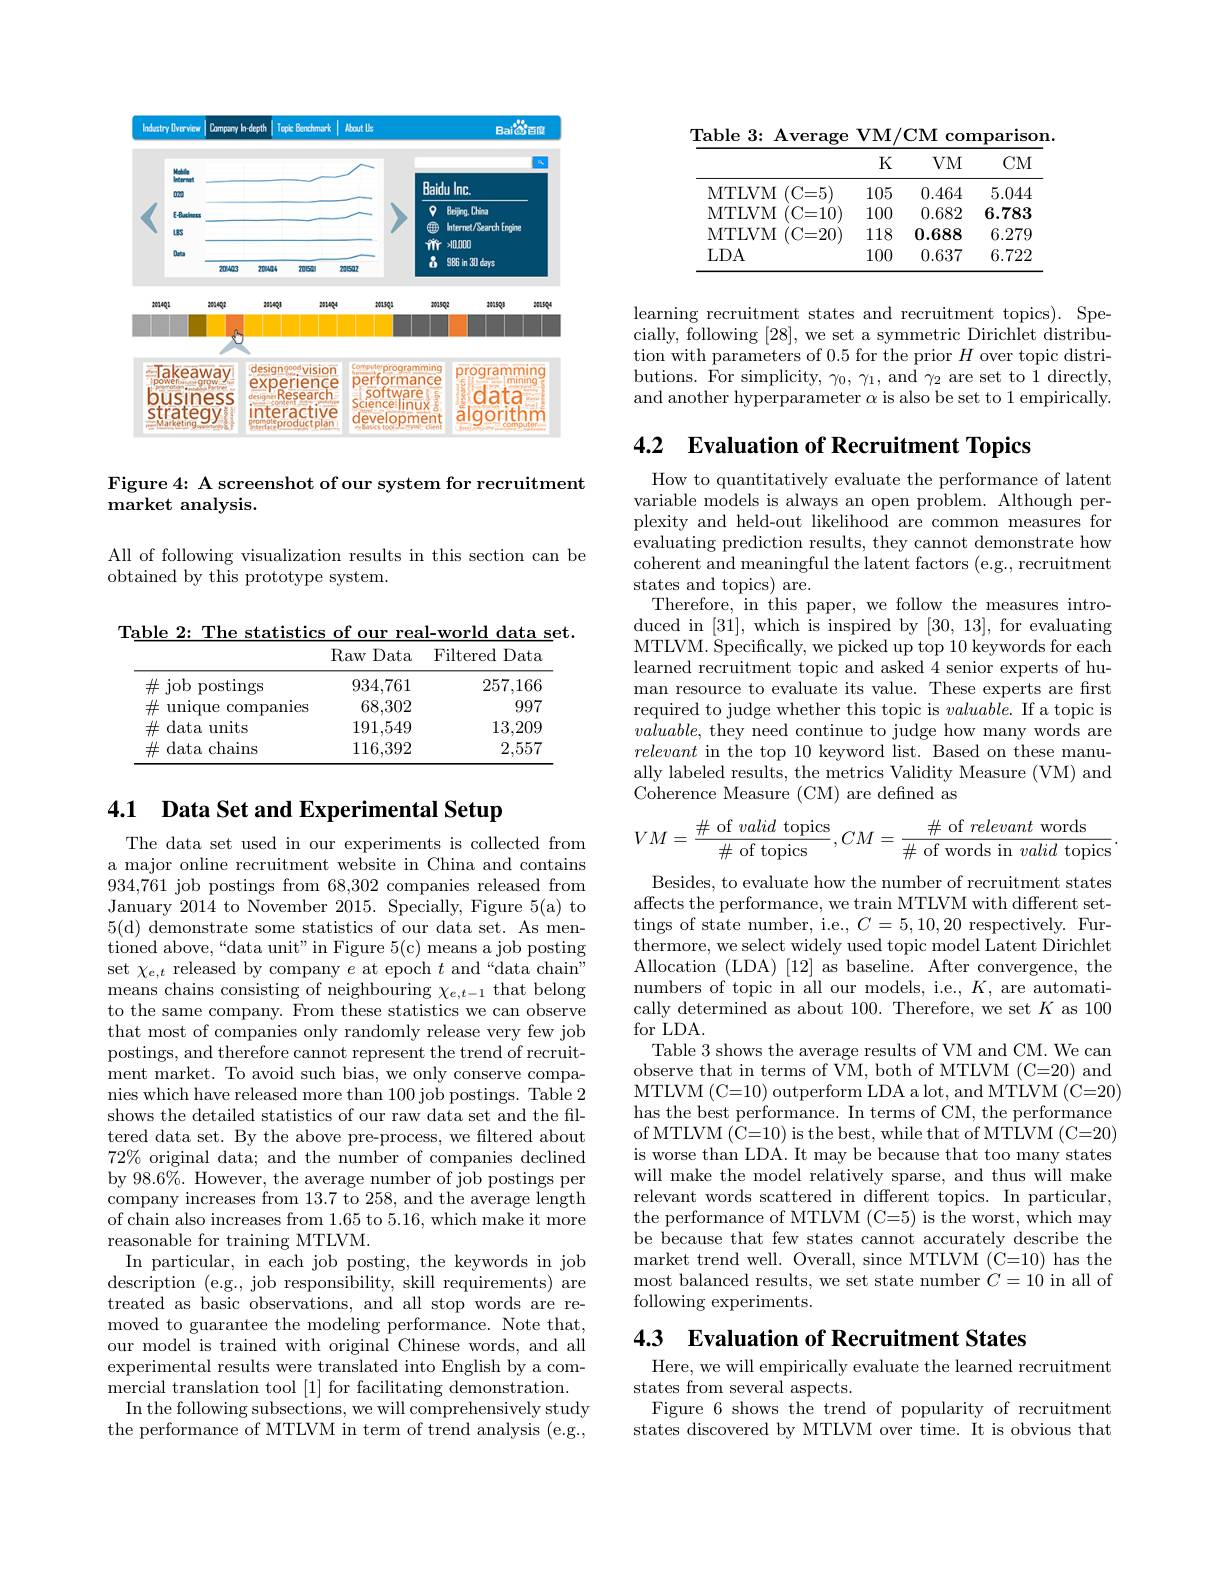
<FigureHere>

Figure 4: A screenshot of our system for recruitment
market analysis.

All of following visualization results in this section can be
obtained by this prototype system.

Table 2: The statistics of our real-world data set.
<table>
	<tbody>
		<tr>
			<th> </th>
			<th>Raw Data</th>
			<th>Filtered Data</th>
		</tr>
		<tr>
			<td>$\#$job postings</td>
			<td>934,761</td>
			<td>257,166</td>
		</tr>
		<tr>
			<td>井 unique companles</td>
			<td>68,302</td>
			<td>997</td>
		</tr>
		<tr>
			<td>$\#$ data units</td>
			<td>191,549</td>
			<td>13,209</td>
		</tr>
		<tr>
			<td>$\#$ data chains</td>
			<td>116,392</td>
			<td>2,557</td>
		</tr>
	</tbody>
</table>

# 4.1 Data Set and Experimental Setup

The data set used in our experiments is collected from a major online recruitment website in China and contains 934,761 job postings from 68,302 companies released from January 2014 to November 2015. Specially, Figure 5(a) to 5(d) demonstrate some statistics of our data set. As mentioned above,“data unit”in Figure 5(c) means a job posting set $\chi_{e,t}$ released by company $e$ at epoch $t$ and“data chain” means chains consisting of neighbouring $\chi_{e,t-1}$ that belong to the same company. From these statistics we can observe that most of companies only randomly release very few job postings, and therefore cannot represent the trend of recruitment market. To avoid such bias, we only conserve companies which have released more than 100 job postings. Table 2 shows the detailed statistics of our raw data set and the filtered data set. By the above pre-process, we filtered about $72\%$ original data; and the number of companies declined by 98.6%. However, the average number of job postings per company increases from 13.7 to 258, and the average length of chain also increases from 1.65 to 5.16,which make it more reasonable for training MTLVM.
In particular, in each job posting, the keywords in job description ( e. g. , job responsibility, skill requirements) are treated as basic observations, and all stop words aremoved to guarantee the modeling performance. Note that, our model is trained with original Chinese words, and all experimental results were translated into English by a commercial translation tool [1] for facilitating demonstration.
In the following subsections, we will comprehensively study the performance of MTLVM in term of trend analysis (e.g.,

Table 3: Average VM/CM comparison.
<table>
	<tbody>
		<tr>
			<th> </th>
			<th>K</th>
			<th>$VM$</th>
			<th>$CM$</th>
		</tr>
		<tr>
			<td>MTLVM $(C=5)$</td>
			<td>105</td>
			<td>0.464</td>
			<td>5.044</td>
		</tr>
		<tr>
			<td>MTLVM $(\mathbf{C}{=}10)$</td>
			<td>100</td>
			<td>0.682</td>
			<td>6.783</td>
		</tr>
		<tr>
			<td>MTLVM (C= 20</td>
			<td>118</td>
			<td>0.688</td>
			<td>6.279</td>
		</tr>
		<tr>
			<td>$LDA$</td>
			<td>100</td>
			<td>0.637</td>
			<td>6.722</td>
		</tr>
	</tbody>
</table>

learning recruitment states and recruitment topics). Specially, following [28], we set a symmetric Dirichlet distribution with parameters of 0.5 for the prior $H$ over topic distributions. For simplicity, $\gamma_0,\gamma_1$, and $\gamma_2$ are set to 1 directly, and another hyperparameter $\alpha$ is also be set to 1 empirically.

4.2 $\textbf{Evaluation of Recruitment Topics}$

How to quantitatively evaluate the performance of latent variable models is always an open problem. Although perplexity and held-out likelihood are common measures for evaluating prediction results, they cannot demonstrate how coherent and meaningful the latent factors (e.g., recruitment states and topics) are.
Therefore, in this paper, we follow the measures introduced in [31], which is inspired by [30,13], for evaluating MTLVM. Specifically, we picked up top 10 keywords for each learned recruitment topic and asked 4 senior experts of human resource to evaluate its value. These experts are first required to judge whether this topic is $valuable.$ If a topic is $valuable$, they need continue to judge how many words are relevant in the top 10 keyword list. Based on these manually labeled results, the metrics Validity Measure (VM) and Coherence Measure (CM) are defined as
$$VM=\frac{\#\text{of}\:valid\text{topics}}{\#\text{of topics}},CM=\frac{\#\text{of}\:relevant\text{words}}{\#\text{of words in}\:valid\text{topics}}.$$
Besides, to evaluate how the number of recruitment states affects the performance, we train MTLVM with different settings of state number, i.e., $C=5,10,20$ respectively. Furthermore, we select widely used topic model Latent Dirichlet Allocation (LDA) [12] as baseline. After convergence, the numbers of topic in all our models, i.e., $K$, are automatically determined as about 100. Therefore, we set $K$ as 100 for LDA
Table 3 shows the average results of VM and CM. We can observe that in terms of VM, both of MTLVM (C=20) and MTLVM (C=10) outperform LDA a lot, and MTLVM (C=20) has the best performance. In terms of CM, the performance of MTLVM (C=10) is the best, while that of MTLVM (C=20) is worse than LDA. It may be because that too many states will make the model relatively sparse, and thus will make relevant words scattered in different topics. In particular, the performance of MTLVM (C=5) is the worst, which may be because that few states cannot accurately describe the market trend well. Overall, since MTLVM (C=10) has the most balanced results, we set state number $C=10$ in all of following experiments.

4.3 $\textbf{Evaluation of Recruitment States}$

Here, we will empirically evaluate the learned recruitment
states from several aspects.
Figure 6 shows the trend of popularity of recruitment states discovered by MTLVM over time. It is obvious that